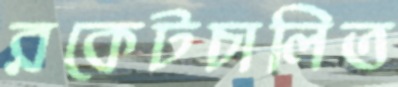
রকেটচালিত